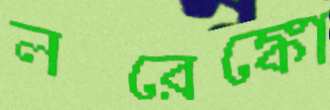
লরেঙ্কো